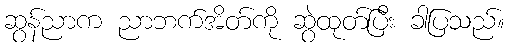
ဆွန်ညာက ညာဘက်အိတ်ကို ဆွဲထုတ်ပြီး ခါပြသည်။